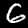
Label: 6